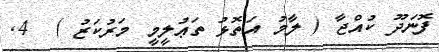
ފޮނަދޫ ކުއްޖާ ( ލާމު އަތޮޅު ތަޢުލީމީ މަރުކަޒު )  4